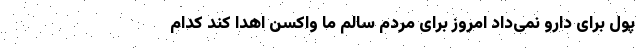
پول برای دارو نمی‌داد امروز برای مردم سالم ما واکسن اهدا کند کدام